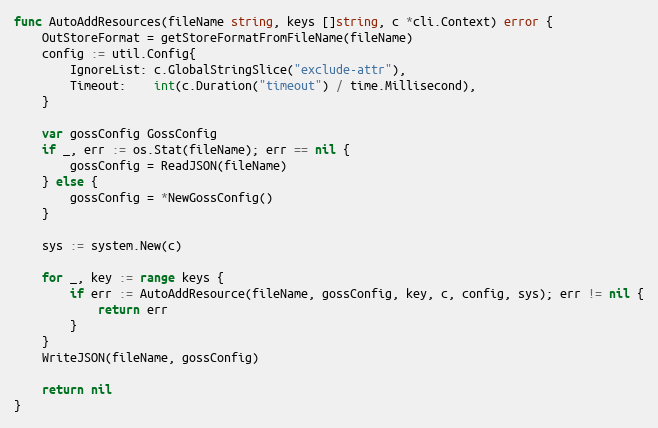
Language: Go
func AutoAddResources(fileName string, keys []string, c *cli.Context) error {
	OutStoreFormat = getStoreFormatFromFileName(fileName)
	config := util.Config{
		IgnoreList: c.GlobalStringSlice("exclude-attr"),
		Timeout:    int(c.Duration("timeout") / time.Millisecond),
	}

	var gossConfig GossConfig
	if _, err := os.Stat(fileName); err == nil {
		gossConfig = ReadJSON(fileName)
	} else {
		gossConfig = *NewGossConfig()
	}

	sys := system.New(c)

	for _, key := range keys {
		if err := AutoAddResource(fileName, gossConfig, key, c, config, sys); err != nil {
			return err
		}
	}
	WriteJSON(fileName, gossConfig)

	return nil
}